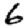
Digit: 6